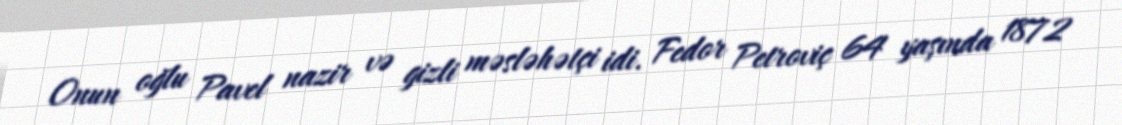
Onun oğlu Pavel nazir və gizli məsləhətçi idi. Fedor Petroviç 64 yaşında 1872